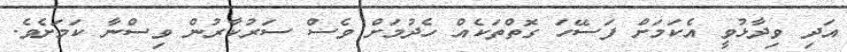
އަދި ވިދާޅުވީ އެކަމަށް ފަސޭހަ ގޮތްތަކެއް ހެދުމަށް ވެސް ސަރުކާރުން ވިސްނާ ކަމަށެވެ.